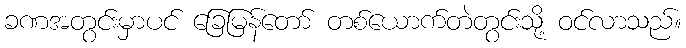
ခဏအတွင်းမှာပင် ခြေမြန်တော် တစ်ယောက်တဲတွင်းသို့ ဝင်လာသည်။